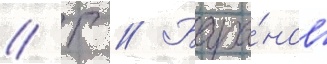
// Г // Бара́нов